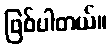
ဖြစ်ပါတယ်။